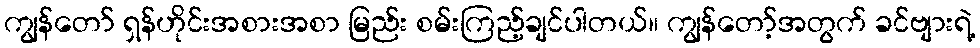
ကျွန်တော် ရှန်ဟိုင်းအစားအစာ မြည်း စမ်းကြည့်ချင်ပါတယ်။ ကျွန်တော့်အတွက် ခင်ဗျားရဲ့